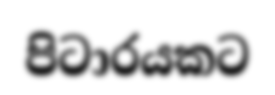
පිටාරයකට